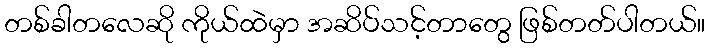
တစ်ခါတလေဆို ကိုယ်ထဲမှာ အဆိပ်သင့်တာတွေ ဖြစ်တတ်ပါတယ်။